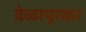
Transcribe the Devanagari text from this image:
वेळापूरकर